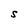
Character: S